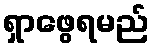
ရှာဖွေရမည်